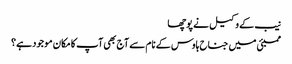
نیب کے وکیل نے پوچھا
ممبئی میں جناح ہاوس کے نام سے آج بھی آپ کا مکان موجود ہے؟